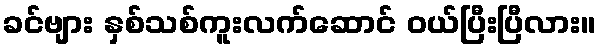
ခင်ဗျား နှစ်သစ်ကူးလက်ဆောင် ဝယ်ပြီးပြီလား။